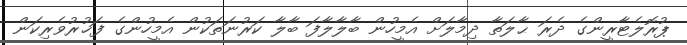
ޕުރޮލެޓާރީންގެ ދެރަ ޙާލަތާ ދިމާލަށް އެމީހުން ބާލާލާފަ ބާލާ ކަރުނަތަކުން އެމީހުންގެ ފަޚުރުވެރިކަން